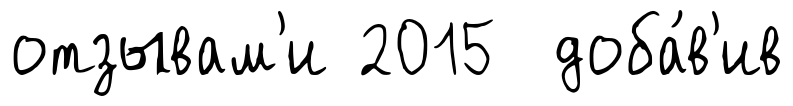
отзывам'и 2015 доба́в'ив